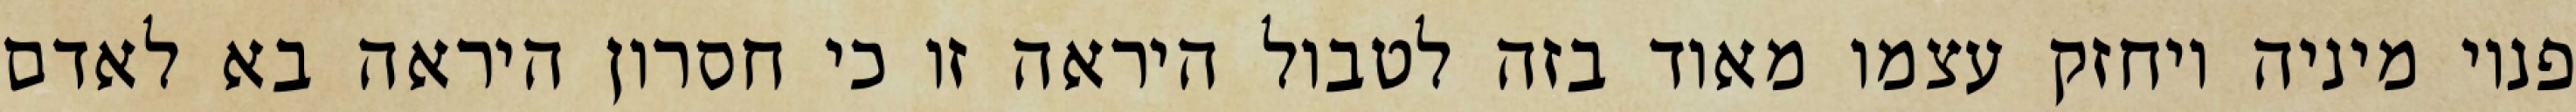
פנוי מיניה ויחזק עצמו מאוד בזה לטבול היראה זו כי חסרון היראה בא לאדם